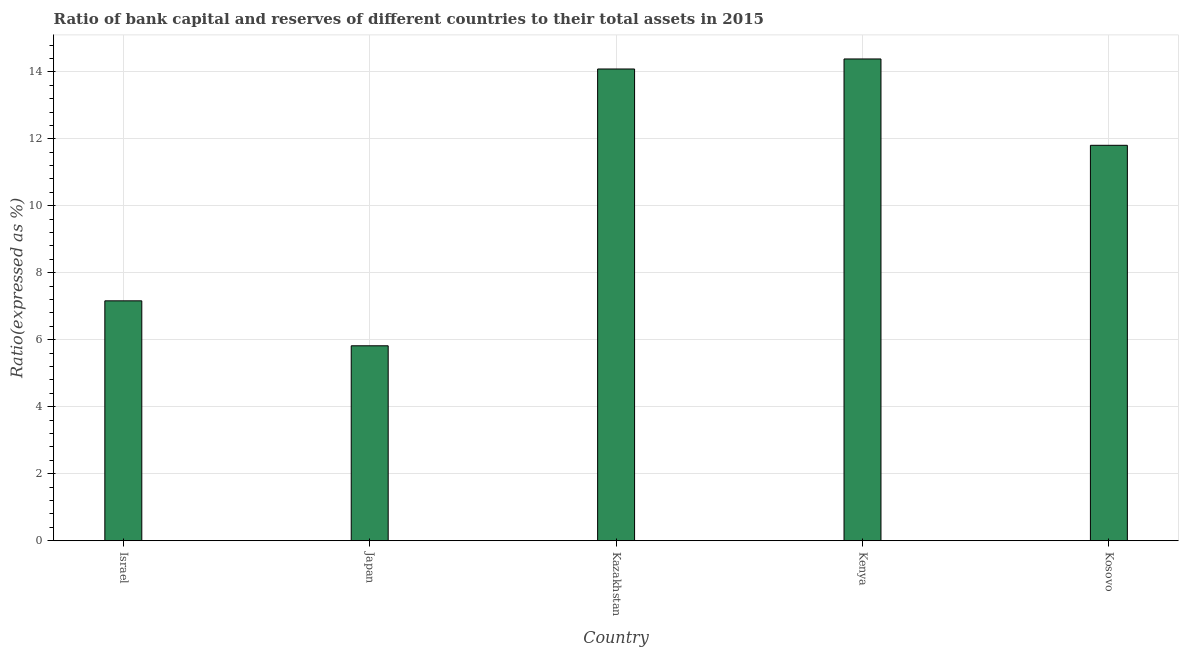
| Country | Bank capital to assets ratio |
 | --- | --- |
 | Israel | 7.16 |
 | Japan | 5.82 |
 | Kazakhstan | 14.1 |
 | Kenya | 14.4 |
 | Kosovo | 11.8 |